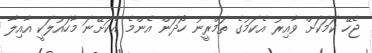
ޖެހޭ ކަމަކަށް ވާއިރު އެކަމުގެ ތަމްރީނު ހޯދަން އެންމެ އެކަށޭނަ މާހައުލަކީ އާއިލާ